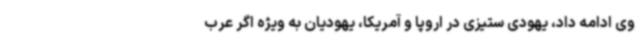
وی ادامه داد، یهودی ستیزی در اروپا و آمریکا، یهودیان به ویژه اگر عرب